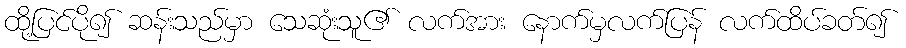
ထို့ပြင်ပို၍ ဆန်းသည်မှာ သေဆုံးသူ၏ လက်အား နောက်မှလက်ပြန် လက်ထိပ်ခတ်၍